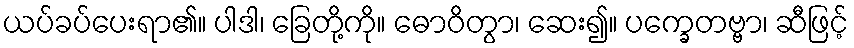
ယပ်ခပ်ပေးရာ၏။ ပါဒါ၊ ခြေတို့ကို။ ဓောဝိတွာ၊ ဆေး၍။ ပက္ခေတဗ္ဗာ၊ ဆီဖြင့်